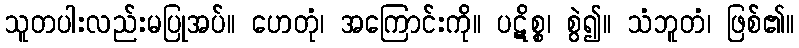
သူတပါးလည်းမပြုအပ်။ ဟေတုံ၊ အကြောင်းကို။ ပဋိစ္စ၊ စွဲ၍။ သံဘူတံ၊ ဖြစ်၏။